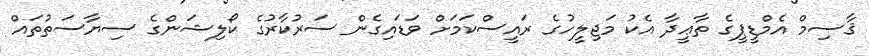
ޤާސިމް އެމްޑީޕީގެ ތާޢީދާ އެކު މަޖިލީހުގެ ރައީސްކަމަށް ވަޑައިގެން ސަރުކާރުގެ ކޯލިޝަންގެ ސިޔާސަތުތައް